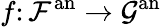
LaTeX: f\colon{\mathcal{F}}^{\mathrm{an}}\rightarrow{\mathcal{G}}^{\mathrm{an}}